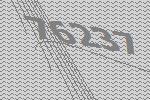
76237